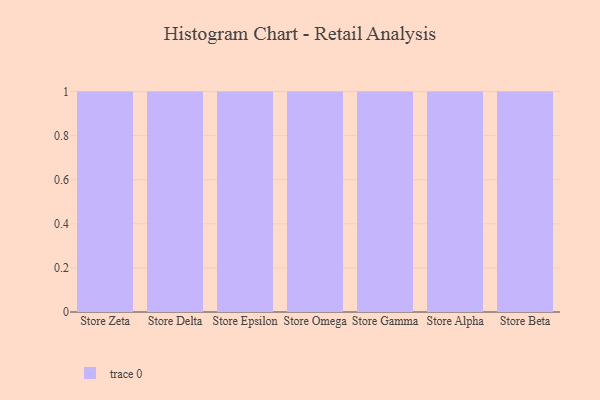
{"axis": {"x": "Store", "y": "Customer Acquisition Cost (USD)"}, "legend": [""], "data": [{"x": "Store Zeta", "y": 32, "type": ""}, {"x": "Store Delta", "y": 92, "type": ""}, {"x": "Store Epsilon", "y": 65, "type": ""}, {"x": "Store Omega", "y": 58, "type": ""}, {"x": "Store Gamma", "y": 60, "type": ""}, {"x": "Store Alpha", "y": 64, "type": ""}, {"x": "Store Beta", "y": 26, "type": ""}]}